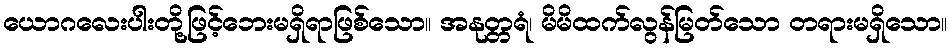
ယောဂလေးပါးတို့ဖြင့်ဘေးမရှိရာဖြစ်သော။ အနုတ္တရံ၊ မိမိထက်လွန်မြတ်သော တရားမရှိသော။